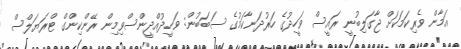
އަމާން ވެރިކަމަކަށް ޖާގަލިބުނީ ރައީސް ވަހީދުގެ ހަރުދަނާކަމުގެ ސަބަބުން: ވަހީދުއްދީންސްވިމިން ރޭންކިންގް ޓްރަޔަލްސް